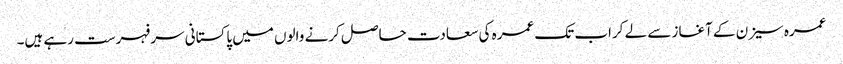
عمرہ سیزن کے آغاز سے لے کراب تک عمرہ کی سعادت حاصل کرنے والوں میں پاکستانی سرفہرست رہے ہیں۔